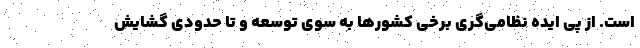
است. از پی ایده نظامی‌گری برخی کشورها به ‌سوی توسعه و تا حدودی گشایش